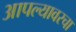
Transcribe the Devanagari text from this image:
आपल्यावरचा